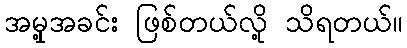
အမှု့အခင်း ဖြစ်တယ်လို့ သိရတယ်။